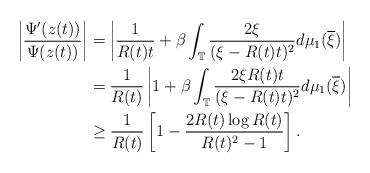
LaTeX: \begin{align*}\left|\frac{\Psi'(z(t))}{\Psi(z(t))}\right| & =\left|\frac{1}{R(t)t}+\beta\int_{\mathbb{T}}\frac{2\xi}{(\xi-R(t)t)^{2}}d\mu_{1}(\overline{\xi})\right|\\ & =\frac{1}{R(t)}\left|1+\beta\int_{\mathbb{T}}\frac{2\xi R(t)t}{(\xi-R(t)t)^{2}}d\mu_{1}(\overline{\xi})\right|\\ & \ge\frac{1}{R(t)}\left[1-\frac{2R(t)\log R(t)}{R(t)^{2}-1}\right].\end{align*}